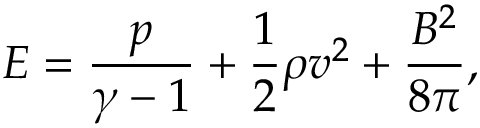
E = \frac { p } { \gamma - 1 } + \frac { 1 } { 2 } \rho v ^ { 2 } + \frac { B ^ { 2 } } { 8 \pi } ,